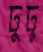
ঢুঢু